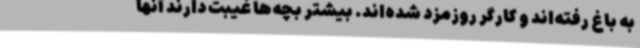
به باغ رفته‌اند و کارگر روزمزد شده‌اند. بیشتر بچه‌ها غیبت دارند آنها